Report on plague in the Punjab from October 1st ... to September 30th ..., being the ... season of plague in the province
Disease focus: Plague
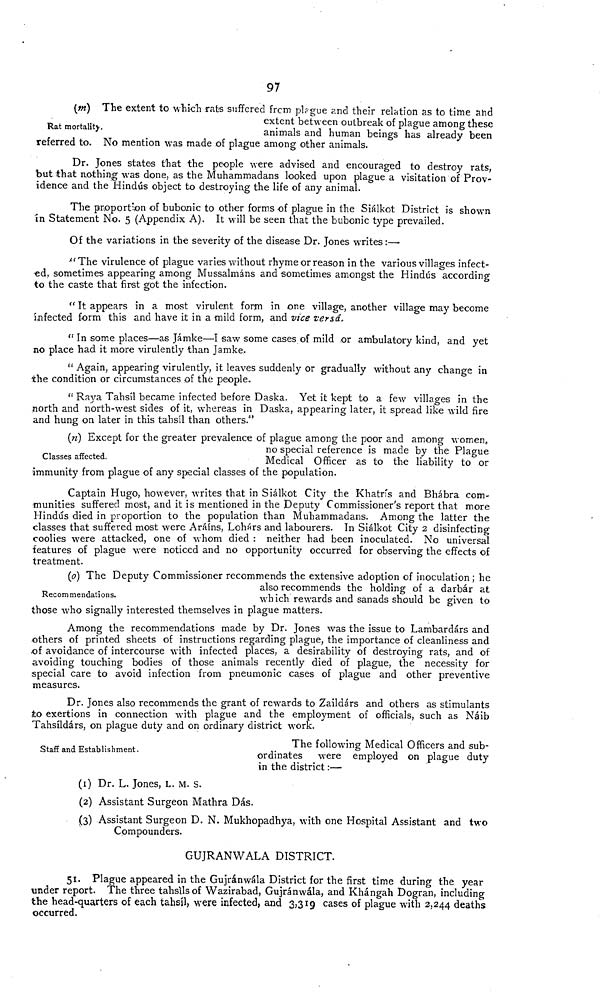
97
Rat mortality.
{m) The extent to which rats suffered from plague and their relation as to time and
extent between outbreak of plague among these
animals and human beings has already been
referred to. No mention was made of plague among other animals.
Dr. Jones states that the people were advised and encouraged to destroy rats,
but that nothing was done, as the Muhammadans looked upon plague a visitation of Prov-
idence and the Hindus object to destroying the life of any animal.
The proportion of bubonic to other forms of plague in the Siálkot District is shown
in Statement No. 5 (Appendix A). It will be seen that the bubonic type prevailed.
Of the variations in the severity of the disease Dr. Jones writes :—
" The virulence of plague varies without rhyme or reason in the various villages infect-
ed, sometimes appearing among Mussalmáns and sometimes amongst the Hindus according
to the caste that first got the infection.
" It appears in a most virulent form in one village, another village may become
infected form this and have it in a mild form, and vice versa,
" In some places--as Jámke—I saw some cases of mild or ambulatory kind, and yet
no place had it more virulently than Jamke.
" Again, appearing virulently, it leaves suddenly or gradually without any change in
the condition or circumstances of the people.
" Raya Tahsíl became infected before Daska. Yet it kept to a few villages in the
north and north-west sides of it, whereas in Daska, appearing later, it spread like wild fire
and hung on later in this tahsíl than others."
Classes affected.
(n) Except for the greater prevalence of plague among the poor and among women,,
no special reference is made by the Plague
Medical Officer as to the liability to or
immunity from plague of any special classes of the population.
Captain Hugo, however, writes that in Siálkot City the Khatr's and Bhábra com-
munities suffered most, and it is mentioned in the Deputy Commissioner's report that more
Hindus died in proportion to the population than Muhammadans. Among the latter the
classes that suffered most were Aráíns, Lohárs and labourers. In Siálkot City 2 disinfecting
coolies were attacked, one of whom died : neither had been inoculated. No universal
features of plague were noticed and no opportunity occurred for observing the effects of
treatment.
Recommendations.
(0) The Deputy Commissioner recommends the extensive adoption of inoculation; he
also recommends the holding of a darbár at
which rewards and sanads should be given to
those who signally interested themselves in plague matters.
Among the recommendations made by Dr. Jones was the issue to Lambardárs and
others of printed sheets of instructions regarding plague, the importance of cleanliness and
of avoidance of intercourse with infected places, a desirability of destroying rats, and of
avoiding touching bodies of those animals recently died of plague, the necessity for
special care to avoid infection from pneumonic cases of plague and other preventive
measures.
Dr. Jones also recommends the grant of rewards to Zaildárs and others as stimulants
to exertions in connection with plague and the employment of officials, such as Náib
Tahsíldárs, on plague duty and on ordinary district work.
Staff and Establishment.
The following Medical Officers and sub-
ordinates were employed on plague duty
in the district :—
(1) Dr. L. Jones, L. M. s.
(2) Assistant Surgeon Mathra Das.
(3) Assistant Surgeon D. N. Mukhopadhya, with one Hospital Assistant and two
Compounders.
GUJRANWALA DISTRICT.
51. Plague appeared in the Gujránwála District for the first time during the year
under report. The three tahsilsof Wazirabad, Gujránwála, and Khángah Dogran, including
the head-quarters of each tahsíl, were infected, and 3,319 cases of plague with 2,244 deaths
occurred.